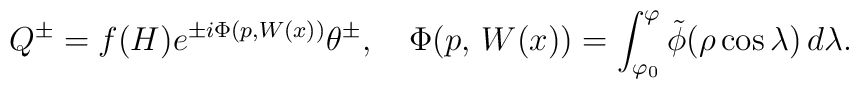
Q^\pm=f(H)e^{\pm i\Phi(p,W(x))}\theta^\pm, \quad\Phi(p,\,W(x))= \int _{\varphi _0}^\varphi\tilde\phi(\rho\cos\lambda) \, d\lambda .